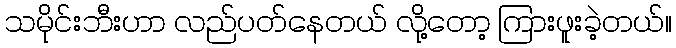
သမိုင်းဘီးဟာ လည်ပတ်နေတယ် လို့တော့ ကြားဖူးခဲ့တယ်။